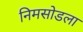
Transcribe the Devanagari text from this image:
निमसोडला